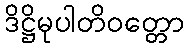
ဒိဋ္ဌိမုပါတိဝတ္တော